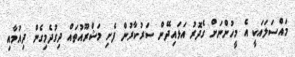
މައްސަލައަކީ އެ މީހުންނަށް ގެދޮރު އަޅައިދޭން ސަރުކާރުން ފެށި މަޝްރޫއުތައް ދިގުދެމިގެން ދިއުމާއި